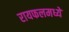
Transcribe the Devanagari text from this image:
रायफलमध्ये